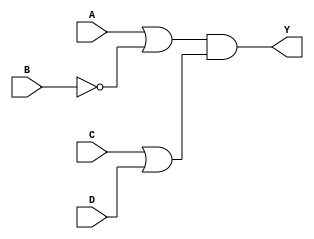
module pos_simplification (
    input wire A,  // Input A
    input wire B,  // Input B
    input wire C,  // Input C
    input wire D,  // Input D
    output wire Y  // Output Y
);

// Define the sum terms based on the example POS expression
// Example POS: (A + B') (C + D) => Y = (A + ~B)(C + D)

// Intermediate signals for the sum terms
wire sum_term1; // Represents (A + ~B)
wire sum_term2; // Represents (C + D)

// Generate the sum terms
assign sum_term1 = A | ~B; // (A + ~B)
assign sum_term2 = C | D;   // (C + D)

// Combine the sum terms to form the product of sums
assign Y = sum_term1 & sum_term2; // Y = (A + ~B)(C + D)

endmodule